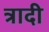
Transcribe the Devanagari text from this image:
त्रादी